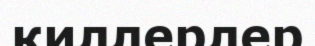
киллерлер